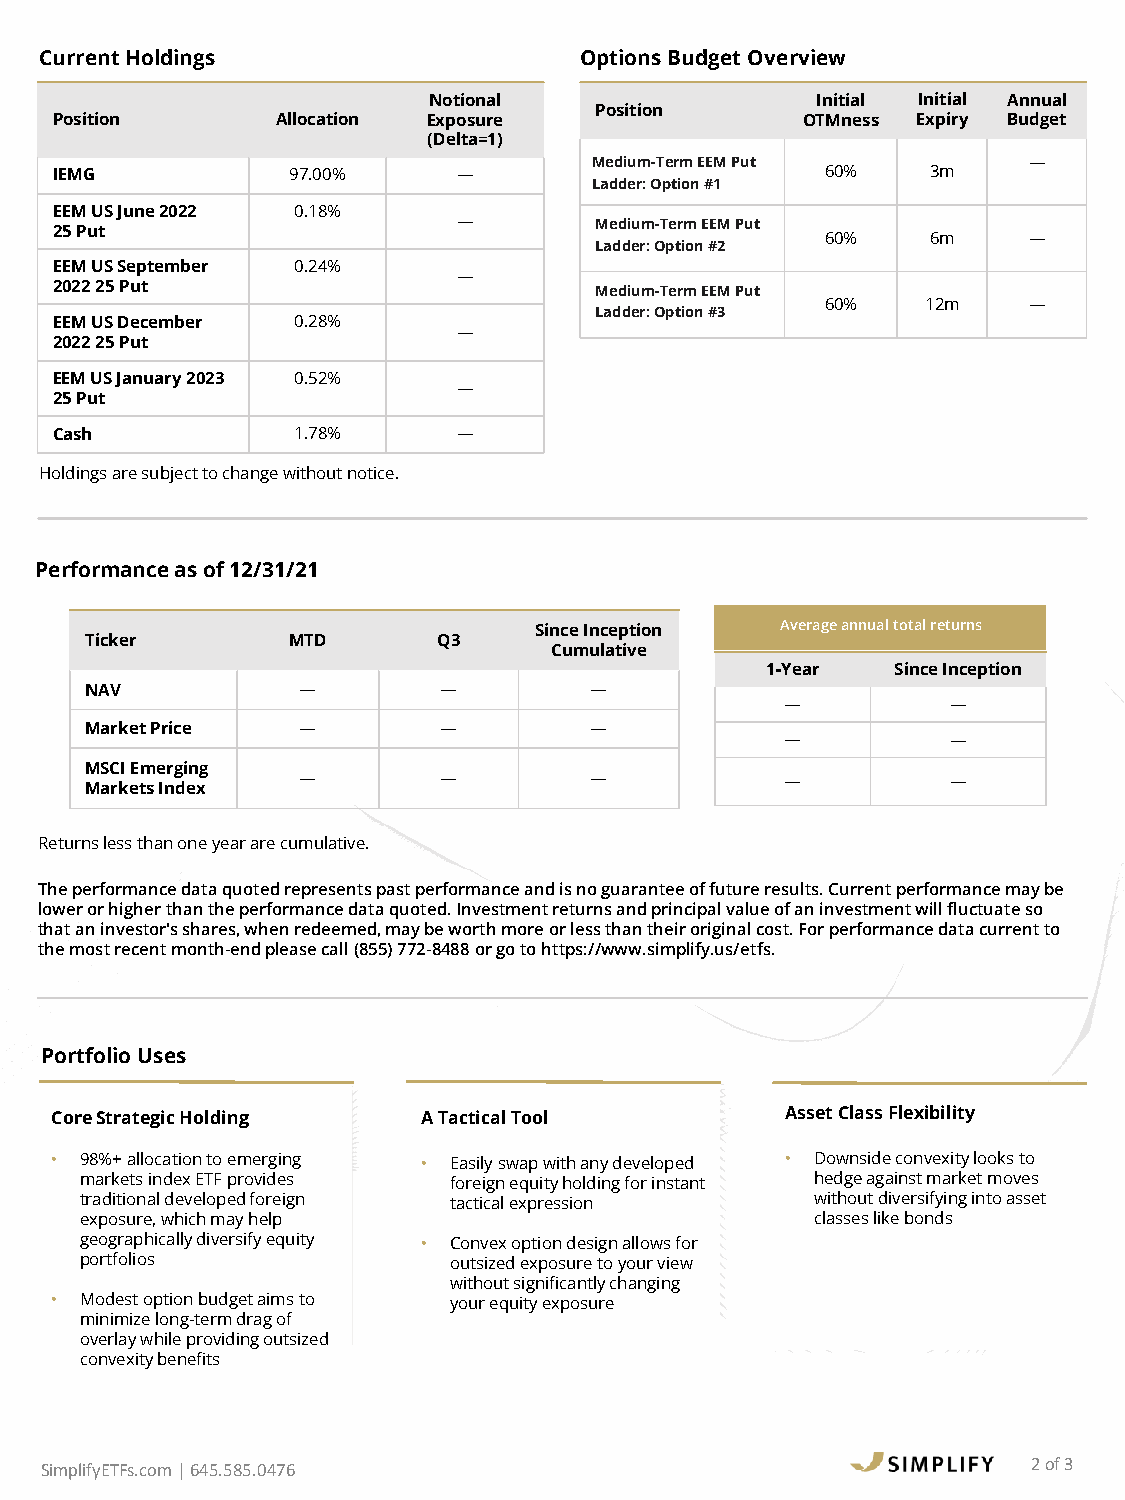
Current Holdings                   Options Budget Overview
 Notional                  Initial Initial Annual
 Position
 Position       Allocation Exposure                OTMness Expiry Budget
 (Delta=1)
 Medium-Term EEM Put          —
 IEMG            97.00%     —                        60%    3m
 Ladder: Option #1
 EEM US June 2022 0.18%
 —        Medium-Term EEM Put
 25 Put
 60%    6m    —
 Ladder: Option #2
 EEM US September 0.24%
 —
 2022 25 Put                         Medium-Term EEM Put
 60%   12m    —
 Ladder: Option #3
 EEM US December 0.28%
 —
 2022 25 Put
 EEM US January 2023 0.52%
 —
 25 Put
 Cash            1.78%      —
 Holdings are subject to change without notice.
 Performance as of 12/31/21
 Since Inception  Average annual total returns
 Ticker       MTD       Q3
 Cumulative
 1-Year  Since Inception
 NAV           —        —         —
 —          —
 Market Price  —        —         —
 —          —
 MSCI Emerging
 —        —         —            —          —
 Markets Index
 Returns less than one year are cumulative.
 The performance data quoted represents past performance and is no guarantee of future results. Current performance may be
 lower or higher than the performance data quoted. Investment returns and principal value of an investment will fluctuate so
 that an investor's shares, when redeemed, may be worth more or less than their original cost. For performance data current to
 the most recent month-end please call (855) 772-8488 or go to https://www.simplify.us/etfs.
 Portfolio Uses
 Core Strategic Holding   A Tactical Tool         Asset Class Flexibility
 • 98%+ allocation to emerging • Easily swap with any developed • Downside convexity looks to
 markets index ETF provides foreign equity holding for instant hedge against market moves
 traditional developed foreign tactical expression without diversifying into asset
 exposure, which may help                         classes like bonds
 geographically diversify equity • Convex option design allows for
 portfolios               outsized exposure to your view
 without significantly changing
 • Modest option budget aims to your equity exposure
 minimize long-term drag of
 overlay while providing outsized
 convexity benefits
 2of 3
 SimplifyETFs.com | 645.585.0476